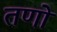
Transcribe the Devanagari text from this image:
तणो